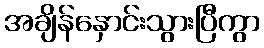
အချိန်နှောင်းသွားပြီကွာ